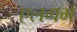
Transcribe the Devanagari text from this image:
एलगम